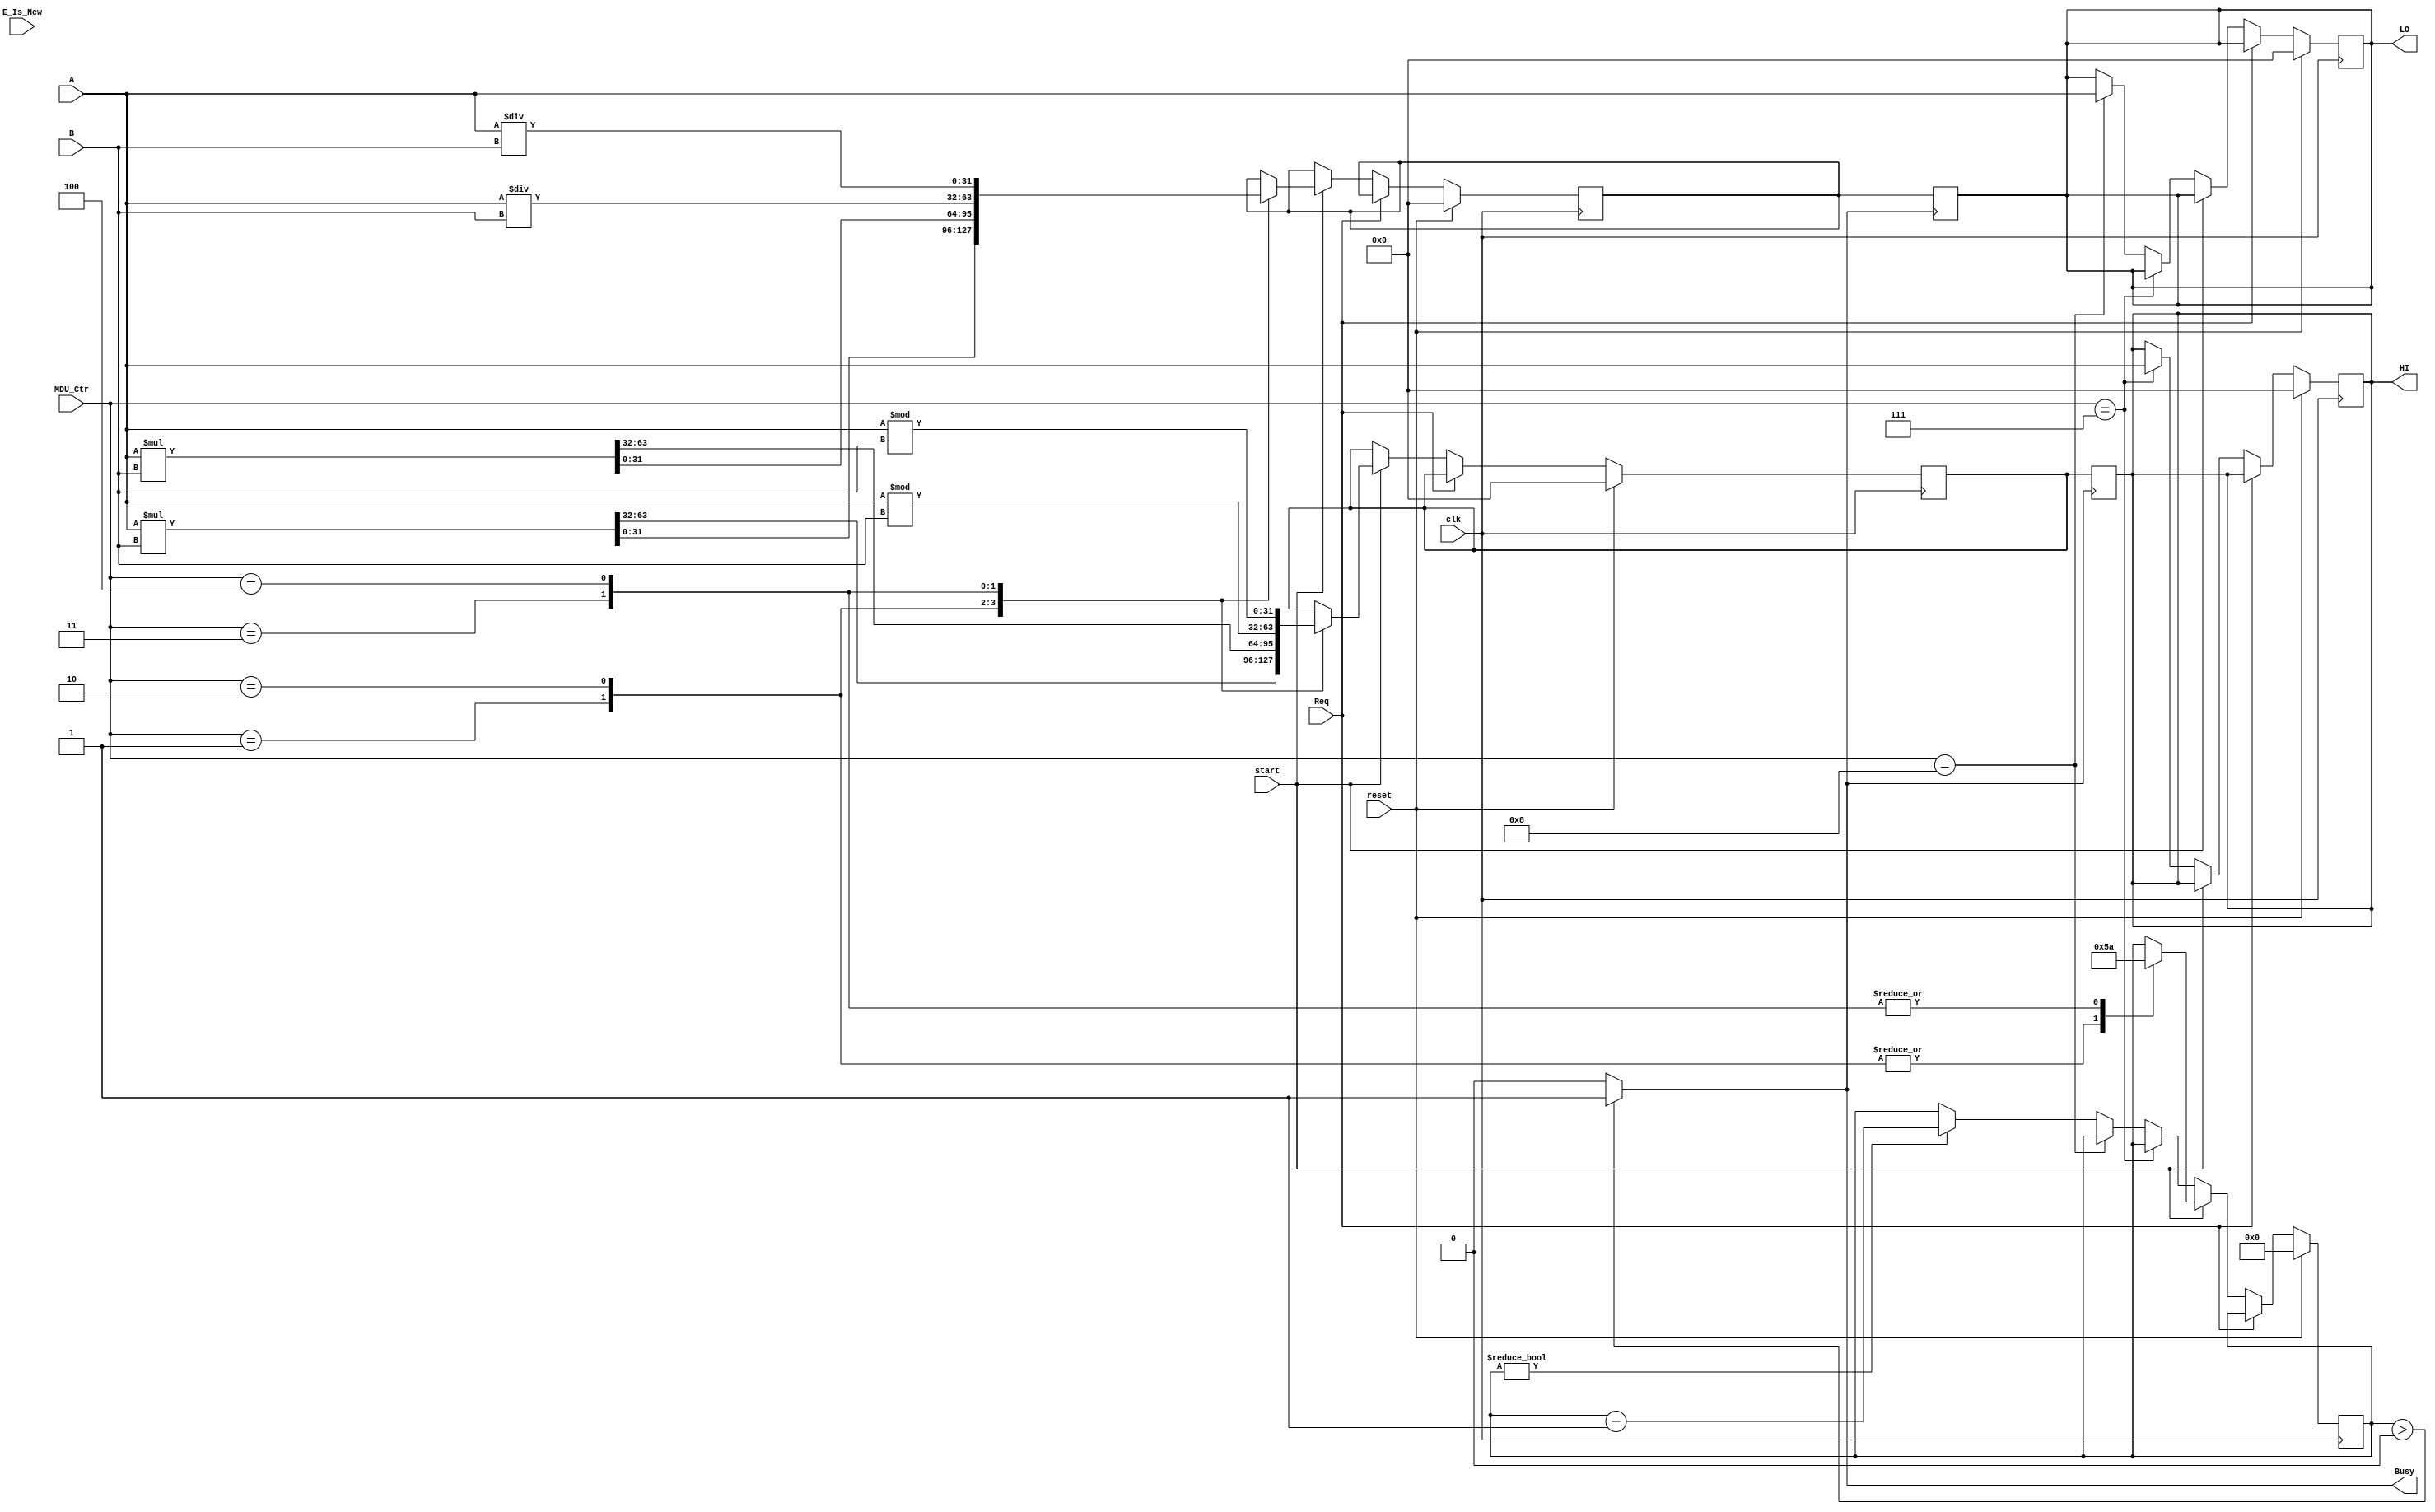
`timescale 1ns / 1ps
//////////////////////////////////////////////////////////////////////////////////
// Company: 
// Engineer: 
// 
// Design Name: 
// Module Name:    E_MDU 
// Project Name: 
// Target Devices: 
// Tool versions: 
// Description: 
//
// Dependencies: 
//
// Revision: 
// Revision 0.01 - File Created
// Additional Comments: 
//
//////////////////////////////////////////////////////////////////////////////////
`define MDU_mult 4'b0001
`define MDU_multu 4'b0010
`define MDU_div  4'b0011
`define MDU_divu 4'b0100

`define MDU_mthi 4'b0111
`define MDU_mtlo 4'b1000
module E_MDU(
	input clk,
	input reset,
	input Req,
	
	input [31:0] A,
	input [31:0] B,
	input [3:0] MDU_Ctr,
	input start,
	input E_Is_New,
	
	output reg [31:0] HI,
	output reg [31:0] LO,
	output Busy
    );
	reg [31:0] tmp_HI;
	reg [31:0] tmp_LO;
	reg [3:0] cnt;
	
	always @(posedge clk) begin
		if(reset == 1 )begin
			tmp_HI = 0;
			tmp_LO = 0;
			cnt = 0;
			HI = 0;
			LO = 0;
		end
		else if(!Req)begin
			if(start == 1)begin
				case(MDU_Ctr)
					`MDU_mult : begin
						{tmp_HI,tmp_LO} <= $signed(A) * $signed(B);
						cnt <= 5;
					end
					`MDU_multu : begin
						{tmp_HI,tmp_LO} <= A * B;
						cnt <= 5;
					end
					`MDU_div : begin
						tmp_HI <= $signed(A) % $signed(B);
						tmp_LO <= $signed(A) / $signed(B);
						cnt <= 10;
					end
					`MDU_divu : begin
						tmp_HI <= A % B;
						tmp_LO <= A / B;
						cnt <= 10;
					end
				endcase
			end
			else if(MDU_Ctr == `MDU_mthi) begin
				HI <= A;
			end
			else if(MDU_Ctr == `MDU_mtlo) begin
				LO <= A;
			end
			else if(cnt != 0) begin
				cnt <= cnt - 1;
			end
		end
	end
	assign Busy = (cnt > 0) ? 1'b1 : 1'b0;
	always @(negedge Busy) begin
		HI <= tmp_HI;
		LO <= tmp_LO;
	end
endmodule